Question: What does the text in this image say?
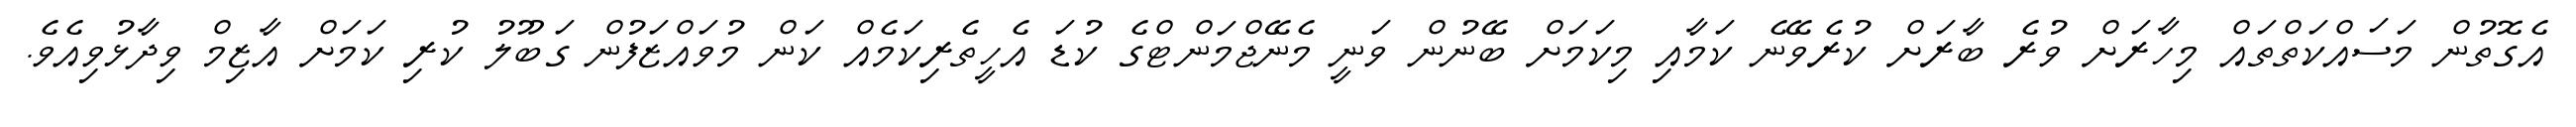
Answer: އެގޮތުން މަސައްކަތްތައް މިހާރަށް ވުރެ ބާރަށް ކުރެވޭނެ ކަމާއި މިކަމަށް ބޭނުން ވަނީ މެނޭޖްމަންޓްގެ ކުޑަ އެހީތެރިކަމެއް ކަން މުވައްޒަފުން ގަބޫލު ކުރި ކަމަށް އާޒިމް ވިދާޅުވިއެވެ.